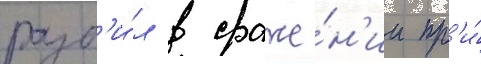
разб'и́л в сраже́н'ии пр'и́